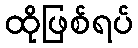
ထိုဖြစ်ရပ်